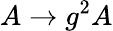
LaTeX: A\to g^{2}A